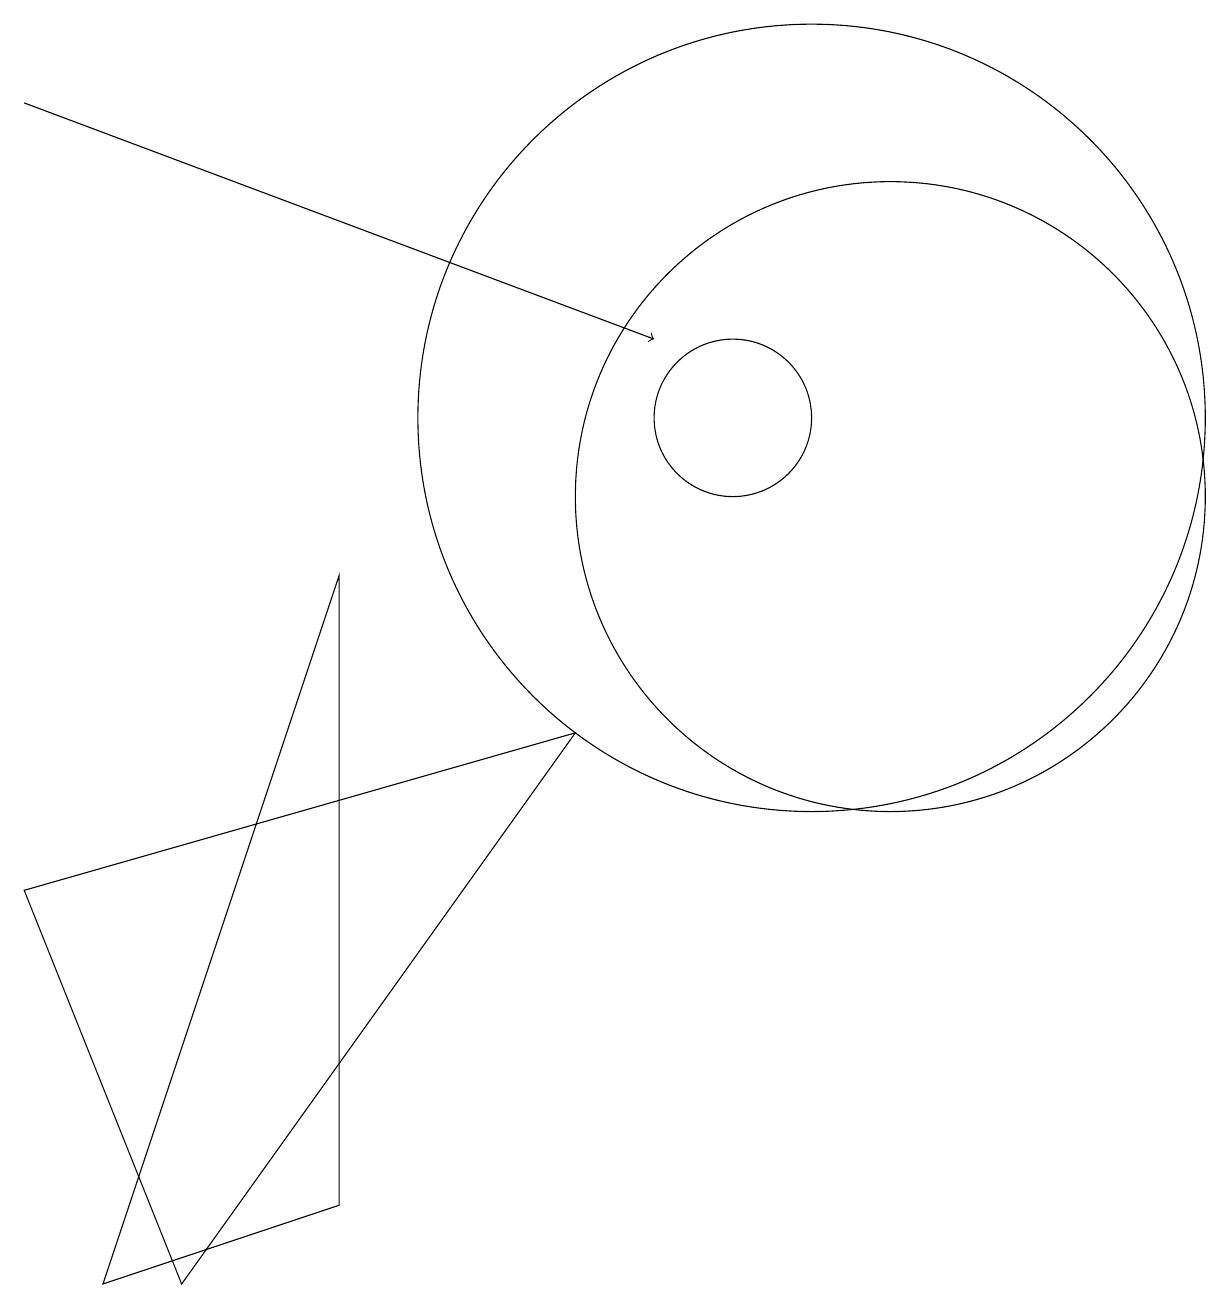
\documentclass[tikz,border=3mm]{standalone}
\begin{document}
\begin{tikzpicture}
\draw (12,10) circle (4);
\draw (8,7) -- (3,0) -- (1,5) -- cycle;
\draw (10,11) circle (1);
\draw (11,11) circle (5);
\draw (5,9) -- (2,0) -- (5,1) -- cycle;
\draw[->] (1,15) -- (9,12);
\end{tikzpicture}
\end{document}